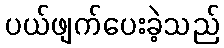
ပယ်ဖျက်ပေးခဲ့သည်